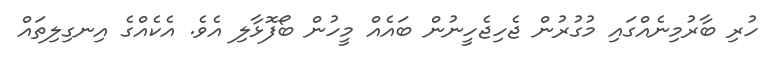
ހުރި ބާރުމިނެއްގައި މުގުރުން ޖެހިޖެހީނުން ބައެއް މީހުން ބޯފޮޅާލި އެވެ. އެކެއްގެ އިނގިލިތައް